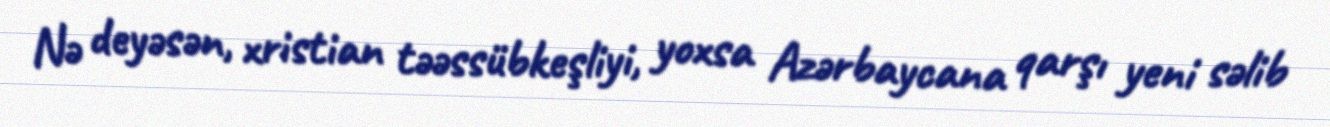
Nə deyəsən, xristian təəssübkeşliyi, yoxsa Azərbaycana qarşı yeni səlib